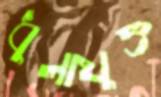
ধুলাযুক্ত